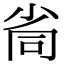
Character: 𡭸